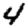
Digit: 4